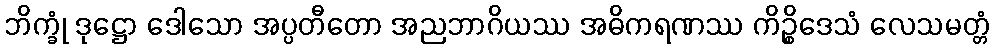
ဘိက္ခုံ ဒုဋ္ဌော ဒေါသော အပ္ပတီတော အညဘာဂိယဿ အဓိကရဏဿ ကိဉ္စိဒေသံ လေသမတ္တံ